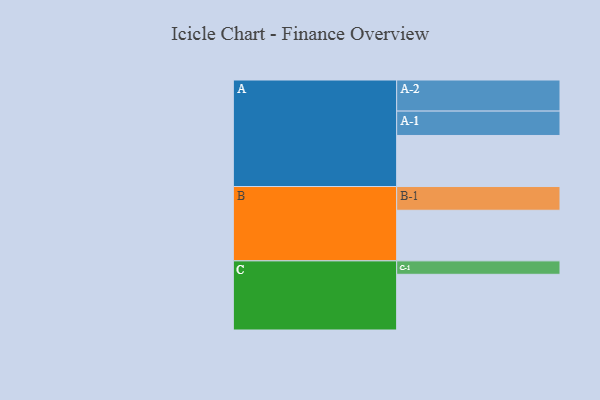
{"axis": {"x": "Segment", "y": "Value"}, "legend": ["", "A", "B", "C"], "data": [{"x": "A", "y": 471, "type": ""}, {"x": "B", "y": 467, "type": ""}, {"x": "C", "y": 514, "type": ""}, {"x": "A-1", "y": 225, "type": "A"}, {"x": "A-2", "y": 287, "type": "A"}, {"x": "B-1", "y": 219, "type": "B"}, {"x": "C-1", "y": 124, "type": "C"}]}